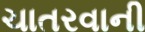
ચાતરવાની